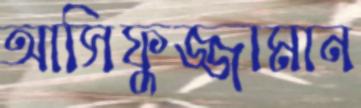
আসিফুজ্জামান